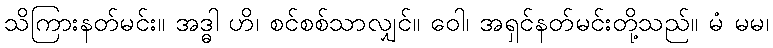
သိကြားနတ်မင်း။ အဒ္ဓါ ဟိ၊ စင်စစ်သာလျှင်။ ဝေါ၊ အရှင်နတ်မင်းတို့သည်။ မံ မမ၊